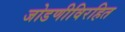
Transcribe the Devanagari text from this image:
जोडणीविरहित